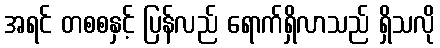
အရင် တစစနှင့် ပြန်လည် ရောက်ရှိလာသည် ရှိသလို